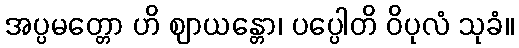
အပ္ပမတ္တော ဟိ ဈာယန္တော၊ ပပ္ပေါတိ ဝိပုလံ သုခံ။